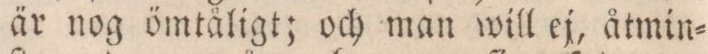
är nog ömtåligt; och man will ej, åtmin=